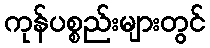
ကုန်ပစ္စည်းများတွင်